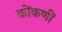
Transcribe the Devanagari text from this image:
कोंकणीं